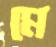
মে